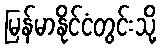
မြန်မာနိုင်ငံတွင်းသို့